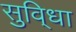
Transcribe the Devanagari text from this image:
सुवि्धा